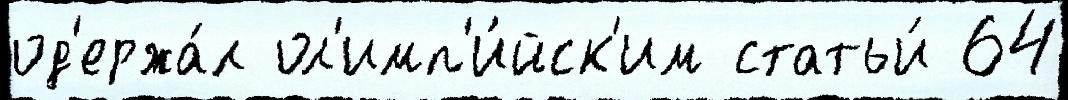
од'ержа́л ол'имп'и́йск'им статьи́ 64